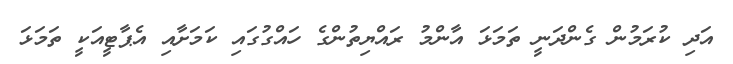
އަދި ކުރަމުން ގެންދަނީ ތަމަޅަ އާންމު ރައްޔިތުންގެ ހައްގުގައި ކަމަށާއި އެޕާޓީއަކީ ތަމަޅަ